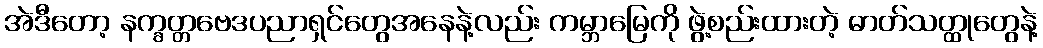
အဲဒီတော့ နက္ခတ္တဗေဒပညာရှင်တွေအနေနဲ့လည်း ကမ္ဘာမြေကို ဖွဲ့စည်းထားတဲ့ ဓာတ်သတ္ထုတွေနဲ့